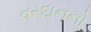
વરદાનનો